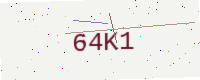
Text: 64K1